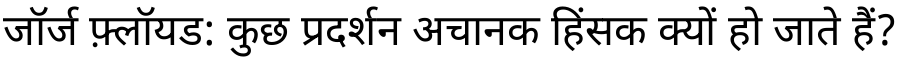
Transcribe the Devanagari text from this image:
जॉर्ज फ़्लॉयड: कुछ प्रदर्शन अचानक हिंसक क्यों हो जाते हैं?